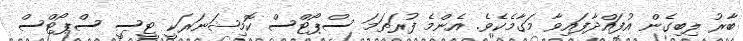
ބާރު ލިބިގެން އުފައްދާފައިވާ މަގާމެކެވެ. އެންމެ ފުރަތަމަ ސްޕޯޓްސް ކޮމިޝަނަރަކީ ޓީސީ ސްޕޯޓްސް